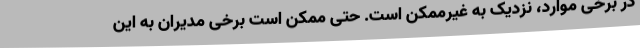
در برخی موارد، نزدیک به غیرممکن است. حتی ممکن است برخی مدیران به این